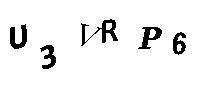
U3VRP6